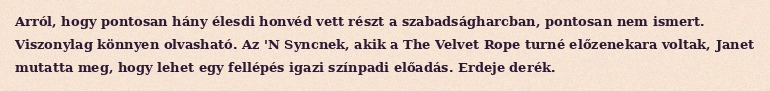
Arról, hogy pontosan hány élesdi honvéd vett részt a szabadságharcban, pontosan nem ismert. Viszonylag könnyen olvasható. Az 'N Syncnek, akik a The Velvet Rope turné előzenekara voltak, Janet mutatta meg, hogy lehet egy fellépés igazi színpadi előadás. Erdeje derék.